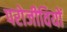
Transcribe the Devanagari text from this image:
परोजीवियों